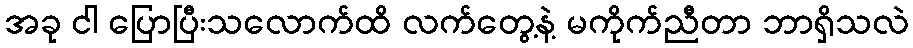
အခု ငါ ပြောပြီးသလောက်ထိ လက်တွေ့နဲ့ မကိုက်ညီတာ ဘာရှိသလဲ